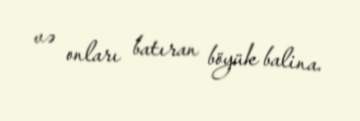
və onları batıran böyük balina.